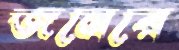
জনেরে